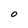
Character: O